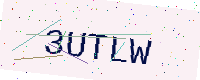
Text: 3UTLW